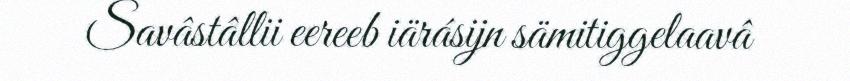
Savâstâllii eereeb iärásijn sämitiggelaavâ